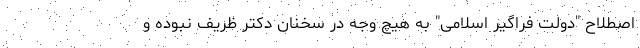
اصطلاح "دولت فراگیر اسلامی" به هیچ وجه در سخنان دکتر ظریف نبوده و